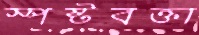
স্পষ্টবক্তা